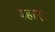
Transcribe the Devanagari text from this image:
बहाए।